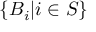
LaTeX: \{ B _ { i } | i \in S \}